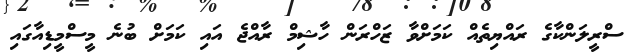
ސްރީލަންކާގެ ރައްޔިތެއް ކަމަށްވާ ޒަހްރަން ހާޝިމް ރާއްޖެ އައި ކަމަށް ބުނެ މީސްމީޑިއާގައި